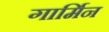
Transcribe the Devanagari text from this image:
गार्मिन